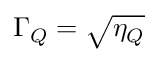
\Gamma _ { Q } = \sqrt { \eta _ { Q } }